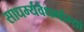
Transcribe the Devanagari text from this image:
साधर्म्यवैधर्माभ्यां